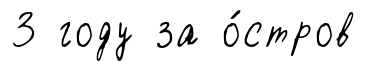
3 году за о́стров